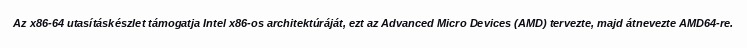
Az x86-64 utasításkészlet támogatja Intel x86-os architektúráját, ezt az Advanced Micro Devices (AMD) tervezte, majd átnevezte AMD64-re.